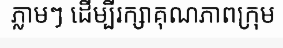
ភ្លាមៗ ដើម្បីរក្សាគុណភាពក្រុម